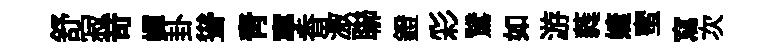
舒寂苛嬋卦聳靑寕香激聯鐙彩鵞如游蕤婕蜜寫次